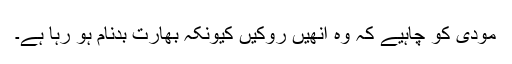
مودی کو چاہیے کہ وہ انھیں روکیں کیونکہ بھارت بدنام ہو رہا ہے۔